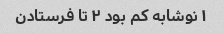
۱ نوشابه کم بود ٢ تا فرستادن